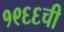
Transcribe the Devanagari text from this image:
१९६६ची